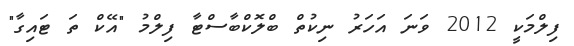
ފިލްމަކީ 2012 ވަނަ އަހަރު ނިކުތް ބްލޮކްބާސްޓާ ފިލްމު "އޭކް ތަ ޓައިގާ"